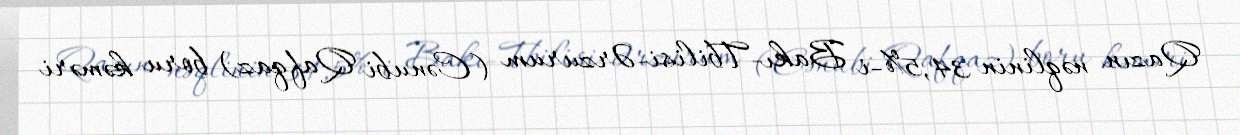
Qazın nəqlinin 34,5%-i Bakı-Tbilisi-Ərzurum (Cənubi Qafqaz) boru kəməri